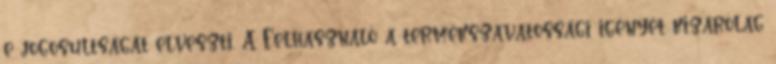
e jogosultságát elveszti. A Felhasználó a termékszavatossági igényét kizárólag